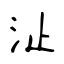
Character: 沚